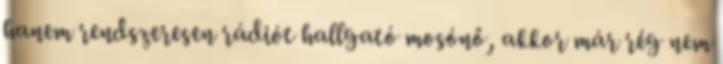
hanem rendszeresen rádiót hallgató mosónő, akkor már rég nem